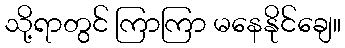
သို့ရာတွင် ကြာကြာ မနေနိုင်ချေ။